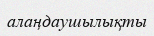
алаңдаушылықты